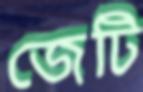
জেটি